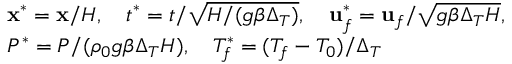
\begin{array} { r l } & { \mathbf { x } ^ { * } = \mathbf { x } / H , \ \ \ t ^ { * } = t / \sqrt { H / ( g \beta \Delta _ { T } ) } , \ \ \ \mathbf { u } _ { f } ^ { * } = \mathbf { u } _ { f } / \sqrt { g \beta \Delta _ { T } H } , } \\ & { P ^ { * } = P / ( \rho _ { 0 } g \beta \Delta _ { T } H ) , \ \ \ T _ { f } ^ { * } = ( T _ { f } - T _ { 0 } ) / \Delta _ { T } } \end{array}